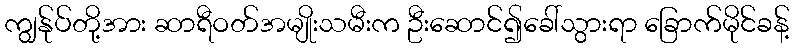
ကျွန်ုပ်တို့အား ဆာရီဝတ်အမျိုးသမီးက ဦးဆောင်၍ခေါ်သွားရာ ခြောက်မိုင်ခန့်